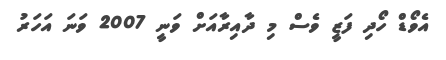
އެވޯޑް ހޯދި ފަޒީ ވެސް މި ދާއިރާއަށް ވަނީ 2007 ވަނަ އަހަރު